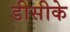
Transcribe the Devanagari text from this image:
डीसीके